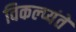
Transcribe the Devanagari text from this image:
विकल्प्यंते